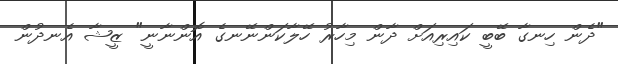
"ދެން ހިނގާ ބޭބީ ކައިރިއަށް ދާން މިހާރު ހޭލާކަންނޭނގެ އޮންނާނީ" ޒީޝާ އެނދުން